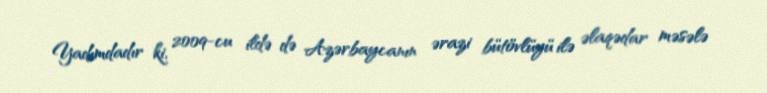
Yadımdadır ki, 2009-cu ildə də Azərbaycanın ərazi bütövlüyü ilə əlaqədar məsələ